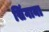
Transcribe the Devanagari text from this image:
सिंगाना